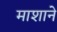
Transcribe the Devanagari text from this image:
माशाने